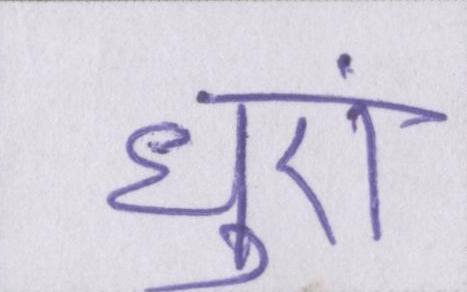
धुएं